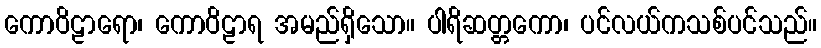
ကောဝိဠာရော၊ ကောဝိဠာရ အမည်ရှိသော။ ပါရိဆတ္တကော၊ ပင်လယ်ကသစ်ပင်သည်။